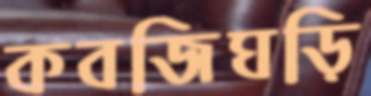
কবজিঘড়ি